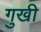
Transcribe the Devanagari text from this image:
गुखी